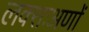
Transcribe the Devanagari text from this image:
लक्शःअणों